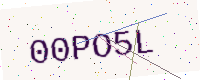
Text: 00PO5L